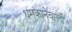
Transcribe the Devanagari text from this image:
धमकानेवाली